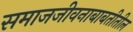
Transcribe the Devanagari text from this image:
समाजजीवनाबाबतीतील